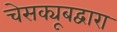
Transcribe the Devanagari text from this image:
चेसक्यूबद्वारा